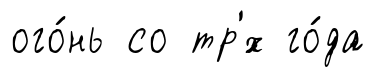
ого́нь со тр'́х го́да